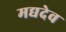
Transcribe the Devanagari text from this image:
मद्यदेव